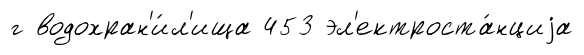
г водохран'и́л'ища 453 эл'ектроста́нциjа